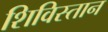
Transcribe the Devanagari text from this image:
शिविस्तान